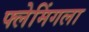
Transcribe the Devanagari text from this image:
फ्लेमिंगला